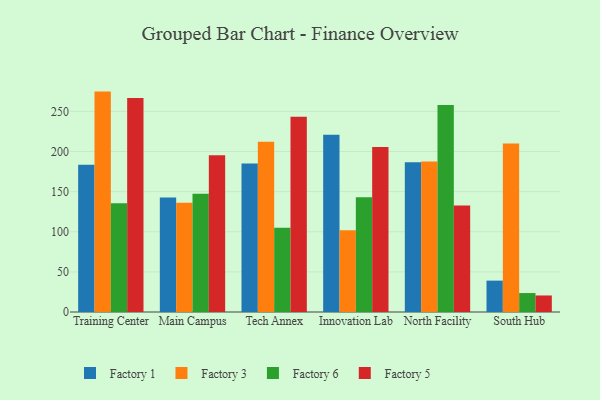
{"axis": {"x": "Campus", "y": "Shipments"}, "legend": ["Factory 1", "Factory 3", "Factory 5", "Factory 6"], "data": [{"x": "Training Center", "y": 183.6, "type": "Factory 1"}, {"x": "Training Center", "y": 274.6, "type": "Factory 3"}, {"x": "Training Center", "y": 135.6, "type": "Factory 6"}, {"x": "Training Center", "y": 266.7, "type": "Factory 5"}, {"x": "Main Campus", "y": 142.8, "type": "Factory 1"}, {"x": "Main Campus", "y": 136.0, "type": "Factory 3"}, {"x": "Main Campus", "y": 147.2, "type": "Factory 6"}, {"x": "Main Campus", "y": 195.3, "type": "Factory 5"}, {"x": "Tech Annex", "y": 185.1, "type": "Factory 1"}, {"x": "Tech Annex", "y": 212.0, "type": "Factory 3"}, {"x": "Tech Annex", "y": 104.9, "type": "Factory 6"}, {"x": "Tech Annex", "y": 243.2, "type": "Factory 5"}, {"x": "Innovation Lab", "y": 220.8, "type": "Factory 1"}, {"x": "Innovation Lab", "y": 101.8, "type": "Factory 3"}, {"x": "Innovation Lab", "y": 143.0, "type": "Factory 6"}, {"x": "Innovation Lab", "y": 205.6, "type": "Factory 5"}, {"x": "North Facility", "y": 186.6, "type": "Factory 1"}, {"x": "North Facility", "y": 187.5, "type": "Factory 3"}, {"x": "North Facility", "y": 257.8, "type": "Factory 6"}, {"x": "North Facility", "y": 132.8, "type": "Factory 5"}, {"x": "South Hub", "y": 39.1, "type": "Factory 1"}, {"x": "South Hub", "y": 210.0, "type": "Factory 3"}, {"x": "South Hub", "y": 23.6, "type": "Factory 6"}, {"x": "South Hub", "y": 20.6, "type": "Factory 5"}]}